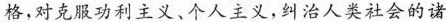
\underline{格}，对克服功利主义、个人主义，叫治人类社会的诸